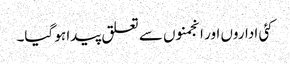
کئی اداروں اور انجمنوں سے تعلق پیدا ہو گیا۔